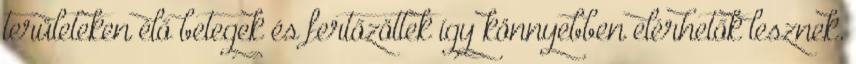
területeken élő betegek és fertőzöttek így könnyebben elérhetők lesznek.